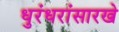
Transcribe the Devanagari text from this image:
धुरंधरांसारखे